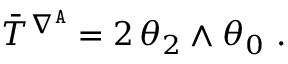
\bar { T } ^ { \nabla ^ { \mathtt { A } } } = 2 \, \theta _ { 2 } \wedge \theta _ { 0 } \ .